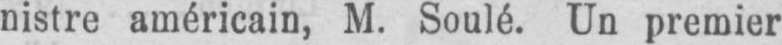
nistre américain, M. Soulé. Un premier